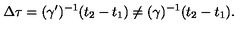
\Delta \tau = ( \gamma ^ { \prime } ) ^ { - 1 } ( t _ { 2 } - t _ { 1 } ) \neq ( \gamma ) ^ { - 1 } ( t _ { 2 } - t _ { 1 } ) .